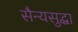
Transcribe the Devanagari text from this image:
सैन्यसुद्धा